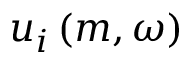
u _ { i } \left( m , \omega \right)